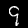
Label: 9